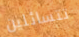
تتسائلين